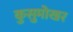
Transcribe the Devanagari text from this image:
कुसुमोखर